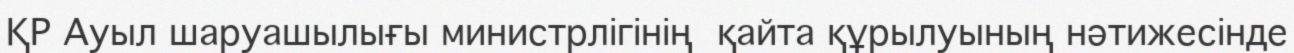
ҚР Ауыл шаруашылығы министрлігінің  қайта құрылуының нәтижесінде